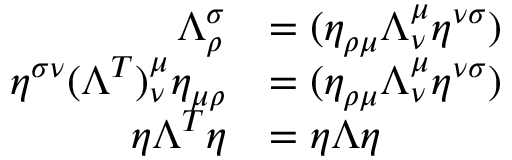
\begin{array} { r l } { \Lambda _ { \rho } ^ { \sigma } } & { = ( \eta _ { \rho \mu } \Lambda ^ { \mu } _ { \nu } \eta ^ { \nu \sigma } ) } \\ { \eta ^ { \sigma \nu } ( \Lambda ^ { T } ) _ { \nu } ^ { \mu } \eta _ { \mu \rho } } & { = ( \eta _ { \rho \mu } \Lambda ^ { \mu } _ { \nu } \eta ^ { \nu \sigma } ) } \\ { \eta \Lambda ^ { T } \eta } & { = \eta \Lambda \eta } \end{array}